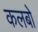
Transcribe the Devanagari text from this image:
कलबो